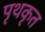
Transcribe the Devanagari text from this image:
पृथकृत